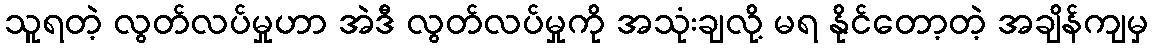
သူရတဲ့ လွတ်လပ်မှုဟာ အဲဒီ လွတ်လပ်မှုကို အသုံးချလို့ မရ နိုင်တော့တဲ့ အချိန်ကျမှ